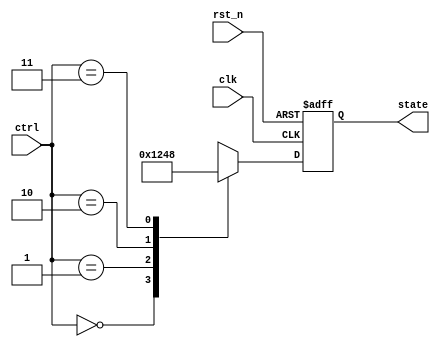
module event_control_example (
    input wire clk,          // Clock signal
    input wire rst_n,       // Active low reset signal
    input wire [1:0] ctrl,  // Control signal for state behavior
    output reg [3:0] state  // State output
);

// State definitions
localparam STATE_IDLE    = 4'b0001;
localparam STATE_RUN     = 4'b0010;
localparam STATE_PAUSE   = 4'b0100;
localparam STATE_STOP    = 4'b1000;

// Sequential logic block
always @(posedge clk or negedge rst_n) begin
    if (!rst_n) begin
        // Reset condition: initialize state
        state <= STATE_IDLE;
    end else begin
        // Event-triggered behavior based on control signals
        case (ctrl)
            2'b00: state <= STATE_IDLE;   // Idle state
            2'b01: state <= STATE_RUN;    // Run state
            2'b10: state <= STATE_PAUSE;  // Pause state
            2'b11: state <= STATE_STOP;   // Stop state
            default: state <= STATE_IDLE;  // Default to Idle
        endcase
    end
end

endmodule